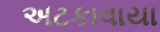
અટકાવાયા